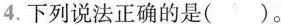
4.下列说法正确的是()。